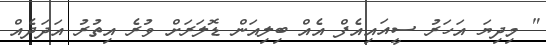
" މިދިޔަ އަހަރު ސީއައިއެފް އެއް ބިލިއަން ޑޮލަރަށް ވުރެ އިތުރު އަދަދެއް